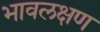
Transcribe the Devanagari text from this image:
भावलक्षण